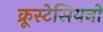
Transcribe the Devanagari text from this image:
क्रूस्टेसियनों